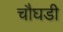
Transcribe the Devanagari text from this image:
चौघडी